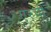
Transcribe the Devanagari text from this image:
एरची